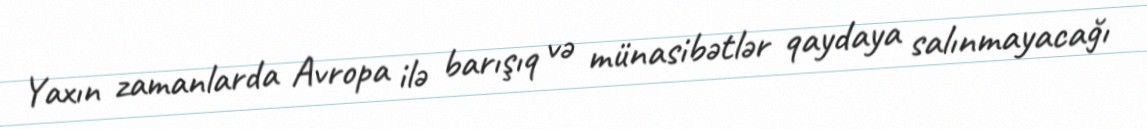
Yaxın zamanlarda Avropa ilə barışıq və münasibətlər qaydaya salınmayacağı